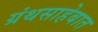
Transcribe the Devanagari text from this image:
ग्रंथसाहेबात